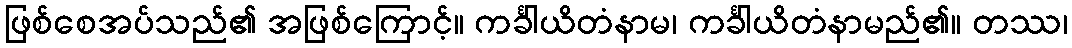
ဖြစ်စေအပ်သည်၏ အဖြစ်ကြောင့်။ ကင်္ခါယိတံနာမ၊ ကင်္ခါယိတံနာမည်၏။ တဿ၊